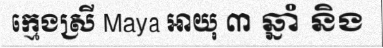
ក្មេងស្រី Maya អាយុ ៣ ឆ្នាំ និង